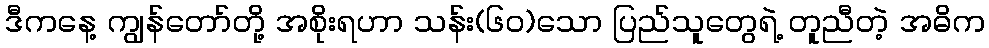
ဒီကနေ့ ကျွန်တော်တို့ အစိုးရဟာ သန်း(၆၀)သော ပြည်သူတွေရဲ့ တူညီတဲ့ အဓိက